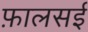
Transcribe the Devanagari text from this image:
फ़ालसई